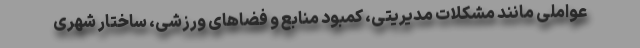
عواملی مانند مشکلات مدیریتی، کمبود منابع و فضاهای ورزشی، ساختار شهری